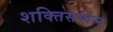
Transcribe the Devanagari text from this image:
शक्तिसम्पन्न